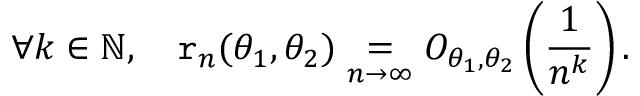
\forall k \in \mathbb { N } , \quad \mathtt { r } _ { n } ( \theta _ { 1 } , \theta _ { 2 } ) \underset { n \to \infty } { = } O _ { \theta _ { 1 } , \theta _ { 2 } } \left( \frac { 1 } { n ^ { k } } \right) .